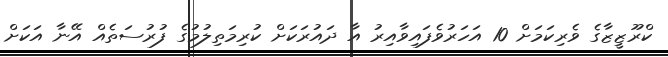
ކްރޫޒީޒާގެ ވެރިކަމަށް 10 އަހަރުވެފައިވާއިރު އާ ދައުރަކަށް ކުރިމަތިލުމުގެ ފުރުސަތެއް އޭނާ އަކަށް